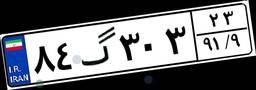
۸۴گ۳۰۳۲۳